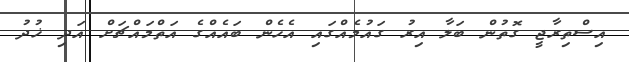
އިސްތިރާޖީ ގޮތުން ބަލާ އިރު ގައުމެއްގައި އެހެން ބައެއްގެ އަތްމައްޗަށް އަދި ޚުދު